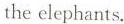
the elephants.